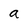
Character: a